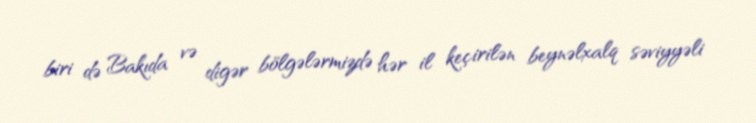
biri də Bakıda və digər bölgələrmizdə hər il keçirilən beynəlxalq səviyyəli